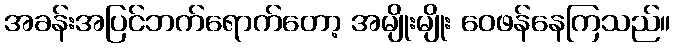
အခန်းအပြင်ဘက်ရောက်တော့ အမျိုးမျိုး ဝေဖန်နေကြသည်။